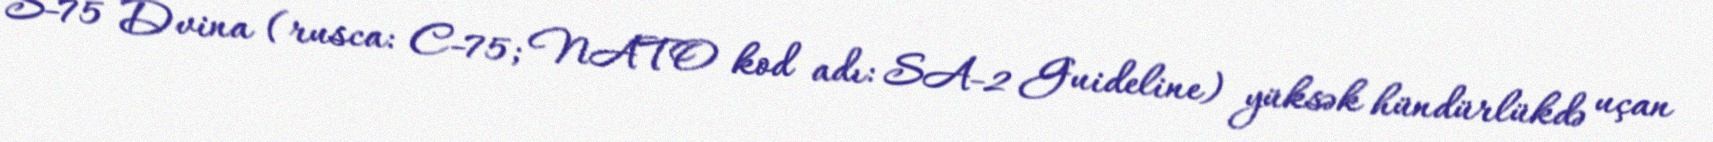
S-75 Dvina (rusca: C-75; NATO kod adı: SA-2 Guideline) yüksək hündürlükdə uçan